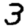
Digit: 3